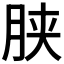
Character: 𣍰